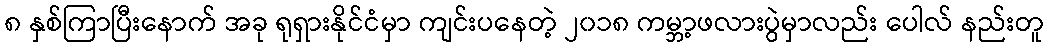
၈ နှစ်ကြာပြီးနောက် အခု ရုရှားနိုင်ငံမှာ ကျင်းပနေတဲ့ ၂၀၁၈ ကမ္ဘာ့ဖလားပွဲမှာလည်း ပေါလ် နည်းတူ